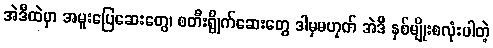
အဲဒီထဲမှာ အမူးပြေဆေးတွေ၊ စတီးရွိုက်ဆေးတွေ ဒါမှမဟုတ် အဲဒီ နှစ်မျိုးစလုံးပါတဲ့